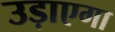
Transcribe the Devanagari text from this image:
उड़ाएगा